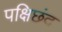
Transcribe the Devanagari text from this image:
पक्षिछंद